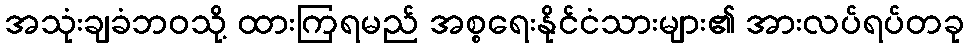
အသုံးချခံဘဝသို့ ထားကြရမည် အစ္စရေးနိုင်ငံသားများ၏ အားလပ်ရပ်တခု